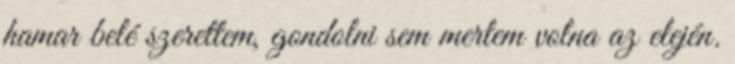
hamar belé szerettem, gondolni sem mertem volna az elején.